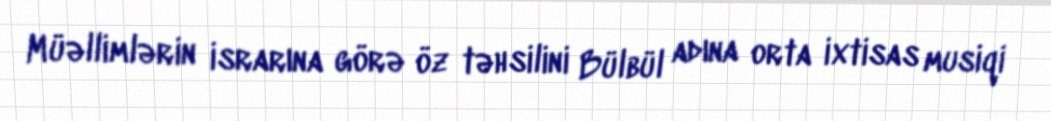
Müəllimlərin israrına görə öz təhsilini Bülbül adına orta ixtisas musiqi